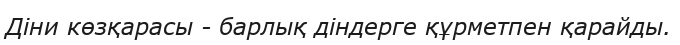
Діни көзқарасы - барлық діндерге құрметпен қарайды.